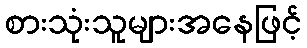
စားသုံးသူများအနေဖြင့်